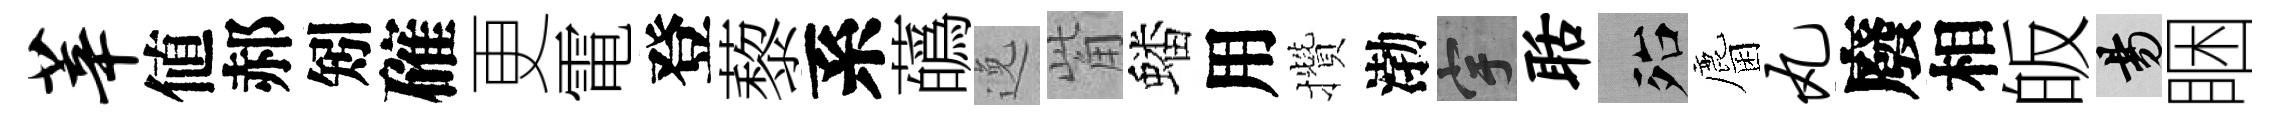
莘値郝矧確更電登藜系蘤𨓜觜蟠用攢渤宇聒殆麕丸廢相皈昜睏